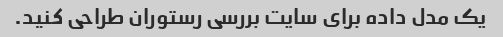
یک مدل داده برای سایت بررسی رستوران طراحی کنید.